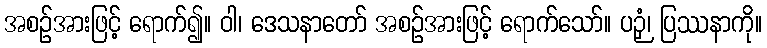
အစဉ်အားဖြင့် ရောက်၍။ ဝါ၊ ဒေသနာတော် အစဉ်အားဖြင့် ရောက်သော်။ ပဉှံ၊ ပြဿနာကို။